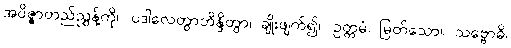
အဝိဇ္ဇာတည်ညွှန့်ကို။ ပဒါလေတွာဘိန္ဒိတွာ၊ ချိုးဖျက်၍။ ဥတ္တမံ၊ မြတ်သော။ သဗ္ဗောဓိ၊